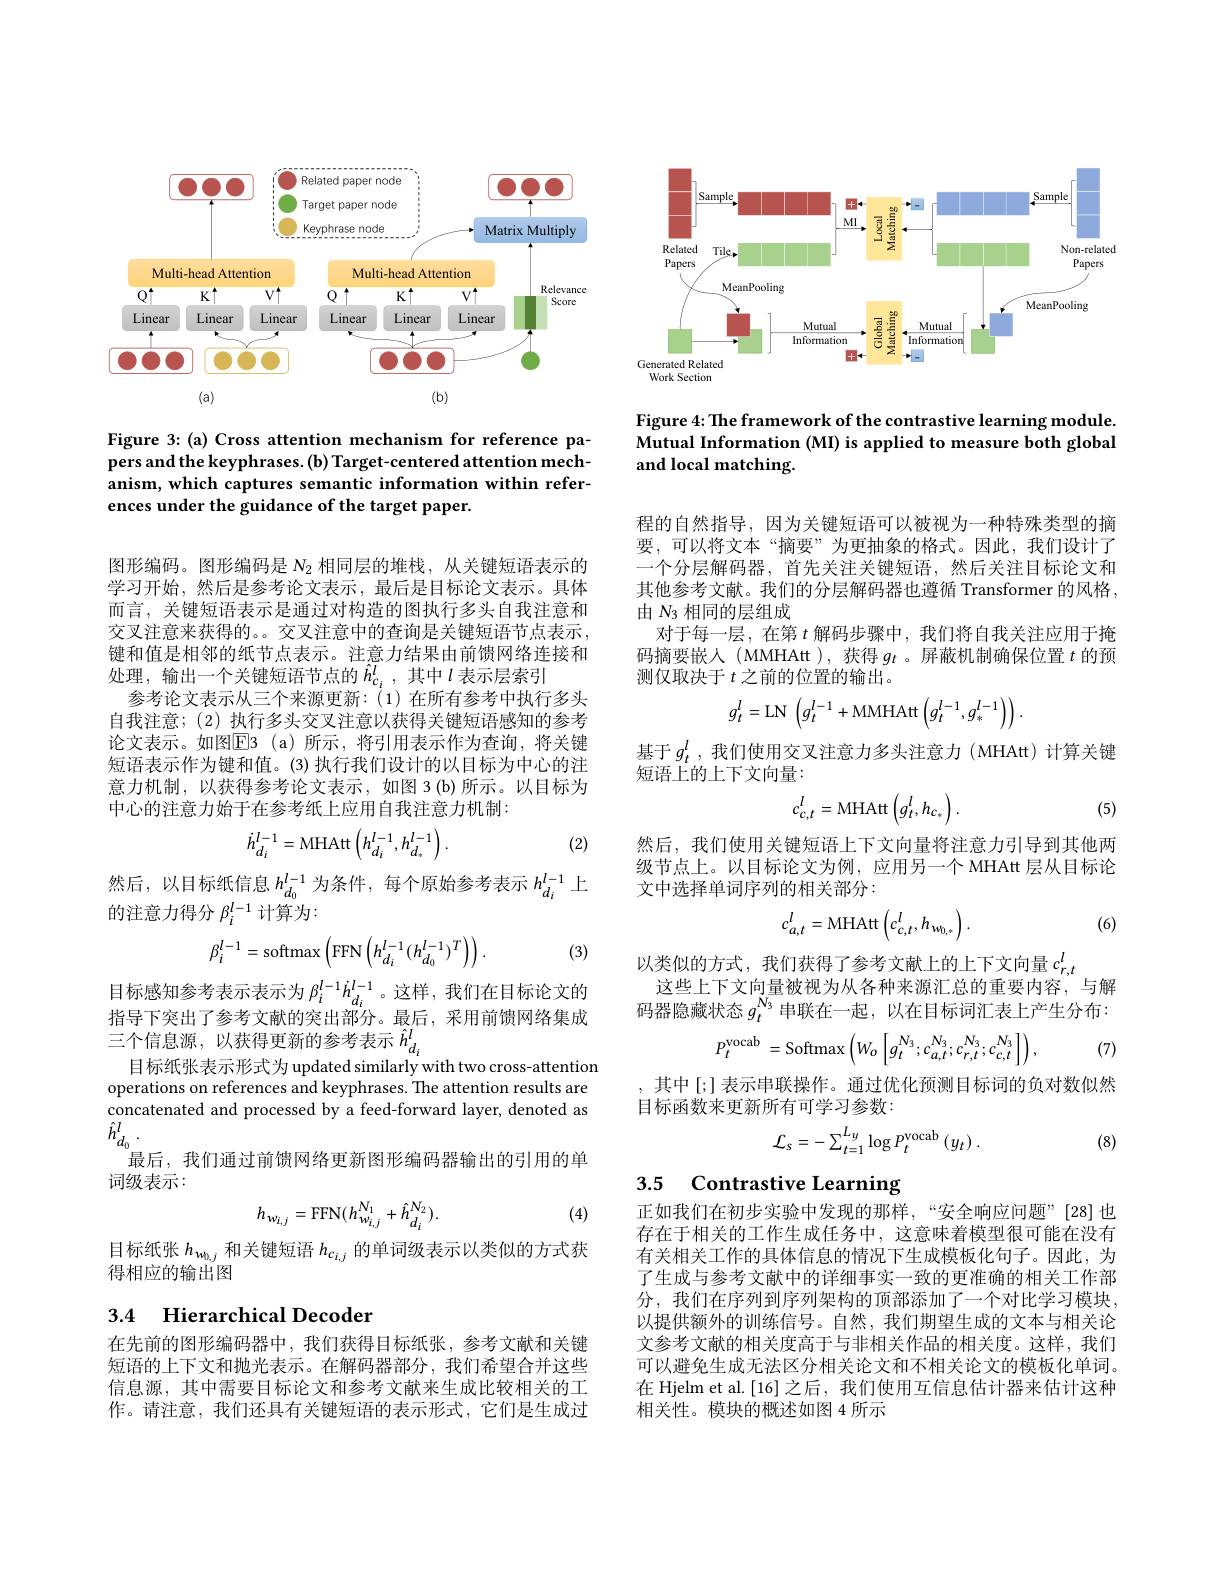
<FigureHere>

Figure 4: The framework of the contrastive learning module. Mutual Information (MI) is applied to measure both global and local matching.

Figure 3: (a) Cross attention mechanism for reference papers and the keyphrases.(b) Target-centered attention mechanism, which captures semantic information within references under the guidance of the target paper.

程的自然指导，因为关键短语可以被视为一种特殊类型的摘要，可以将文本“摘要”为更抽象的格式。因此，我们设计了一个分层解码器，首先关注关键短语，然后关注目标论文和其他参考文献。我们的分层解码器也遵循 Transformer 的风格， 由$N_{3}$相同的层组成
对于每一层，在第$t$解码步骤中，我们将自我关注应用于掩码摘要嵌人(MMHAtt),获得$g_t$ 。屏蔽机制确保位置 $t$ 的预测仅取决于$t$之前的位置的输出。

图形编码。图形编码是$N_{2}$相同层的堆栈，从关键短语表示的学习开始，然后是参考论文表示，最后是目标论文表示。具体而言，关键短语表示是通过对构造的图执行多头自我注意和交叉注意来获得的。。交叉注意中的查询是关键短语节点表示， 键和值是相邻的纸节点表示。注意力结果由前馈网络连接和处理，输出一个关键短语节点的$\hat{h}_{c_i}^l$,其中$l$表示层索引
参考论文表示从三个来源更新：(1)在所有参考中执行多头自我注意；(2) 执行多头交叉注意以获得关键短语感知的参考论文表示。如图$\boxed{\mathrm{E} }3$ (a)所示，将引用表示作为查询，将关键短语表示作为键和值。(3)执行我们设计的以目标为中心的注意力机制，以获得参考论文表示，如图 3(b)所示。以目标为中心的注意力始于在参考纸上应用自我注意力机制：
$$g_t^l=\mathrm{LN}\:\left(g_t^{l-1}+\mathrm{MMHAtt}\left(g_t^{l-1},g_*^{l-1}\right)\right).$$
基于$g_t^l$ ,我们使用交叉注意力多头注意力 (MHAt)计算关键
短语上的上下文向量：
$$c_{c,t}^{l}=\mathrm{MHAtt}\left(g_{t}^{l},h_{c_{*}}\right).$$
(5)
$$\dot{h}_{d_{i}}^{l-1}=\mathrm{MHAtt}\left(h_{d_{i}}^{l-1},h_{d_{*}}^{l-1}\right).$$
(2)

然后，我们使用关键短语上下文向量将注意力引导到其他两级节点上。以目标论文为例，应用另一个 MHAtt 层从目标论文中选择单词序列的相关部分：

然后，以目标纸信息$h_d_0^{l-1}$为条件，每个原始参考表示$h_d_i^{l-1}$上
的注意力得分$\beta_i^{l-1}$计算为：

(6)
$$c_{a,t}^{l}=\mathrm{MHAtt}\left(c_{c,t}^{l},h_{w_{0,*}}\right).$$
$$\beta_i^{l-1}=\mathrm{softmax}\left(\mathrm{FFN}\left(h_{d_i}^{l-1}(h_{d_0}^{l-1})^T\right)\right).$$
(3)

以类似的方式，我们获得了参考文献上的上下文向量$c_{r,t}^l$
这些上下文向量被视为从各种来源汇总的重要内容，与解码器隐藏状态$g_t^{N_3}$串联在一起，以在目标词汇表上产生分布：
$$P_{t}^{\mathrm{vocab}}\:=\mathrm{Softmax}\left(W_{o}\left[g_{t}^{N_{3}};c_{a,t}^{N_{3}};c_{r,t}^{N_{3}};c_{c,t}^{N_{3}}\right]\right),$$
(7)

目标感知参考表示表示为$\beta_i^{l-1}h_{d_i}^{l-1}$。这样，我们在目标论文的指导下突出了参考文献的突出部分。最后，采用前馈网络集成三个信息源，以获得更新的参考表示$\hat{h}_{d_i}^l$
目标纸张表示形式为 updated similarly with two cross-attention operations on references and keyphrases. The attention results are concatenated and processed by a feed-forward layer, denoted as $\hat{h}_{d_{0}}^{l}.$
最后，我们通过前馈网络更新图形编码器输出的引用的单
词级表示：
$$h_{w_{i,j}}=\mathrm{FFN}(h_{w_{i,j}}^{N_{1}}+\hat{h}_{d_{i}}^{N_{2}}).$$
其中 [;] 表示串联操作。通过优化预测目标词的负对数似然
目标函数来更新所有可学习参数：
$$\mathcal{L}_{s}=-\sum_{t=1}^{L_{y}}\log P_{t}^{\mathrm{vocab}}\left(y_{t}\right).$$
(8)

3.5 Contrastive Learning

(4)

目标纸张$h_{w_{0,j}}$和关键短语$h_{c_{i,j}}$的单词级表示以类似的方式获
得相应的输出图

正如我们在初步实验中发现的那样，“安全响应问题”[28]也存在于相关的工作生成任务中，这意味着模型很可能在没有有关相关工作的具体信息的情况下生成模板化句子。因此，为了生成与参考文献中的详细事实一致的更准确的相关工作部分，我们在序列到序列架构的顶部添加了一个对比学习模块， 以提供额外的训练信号。自然，我们期望生成的文本与相关论文参考文献的相关度高于与非相关作品的相关度。这样，我们可以避免生成无法区分相关论文和不相关论文的模板化单词。在 Hjelm et al.[16]之后，我们使用互信息估计器来估计这种相关性。模块的概述如图 4 所示

## 3.4 Hierarchical Decoder

在先前的图形编码器中，我们获得目标纸张，参考文献和关键短语的上下文和抛光表示。在解码器部分，我们希望合并这些信息源，其中需要目标论文和参考文献来生成比较相关的工作。请注意，我们还具有关键短语的表示形式，它们是生成过